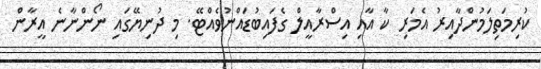
ކުރިމަތިލަމުންދާއިރު އެމަރި ކާ އާއި އިސްރާއީލް ގެފައިބުޑައްނުވެއްޓޭ. މި ދުނިޔޭގައި ނޯންނާނެ އީރާން